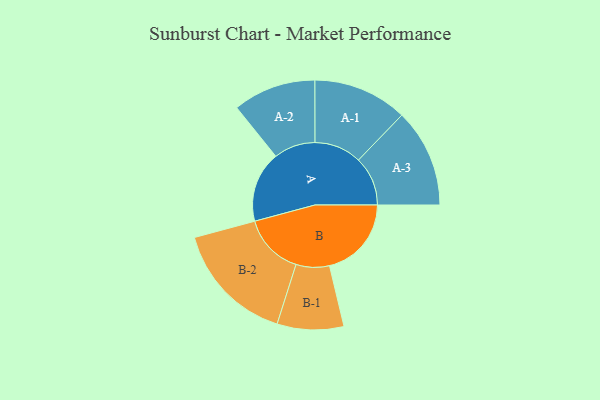
{"axis": {"x": "Segment", "y": "Value"}, "legend": ["", "A", "B"], "data": [{"x": "A", "y": 347, "type": ""}, {"x": "B", "y": 401, "type": ""}, {"x": "A-1", "y": 231, "type": "A"}, {"x": "A-2", "y": 203, "type": "A"}, {"x": "A-3", "y": 241, "type": "A"}, {"x": "B-1", "y": 163, "type": "B"}, {"x": "B-2", "y": 300, "type": "B"}]}